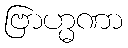
ဗြာဟ္မဏာ